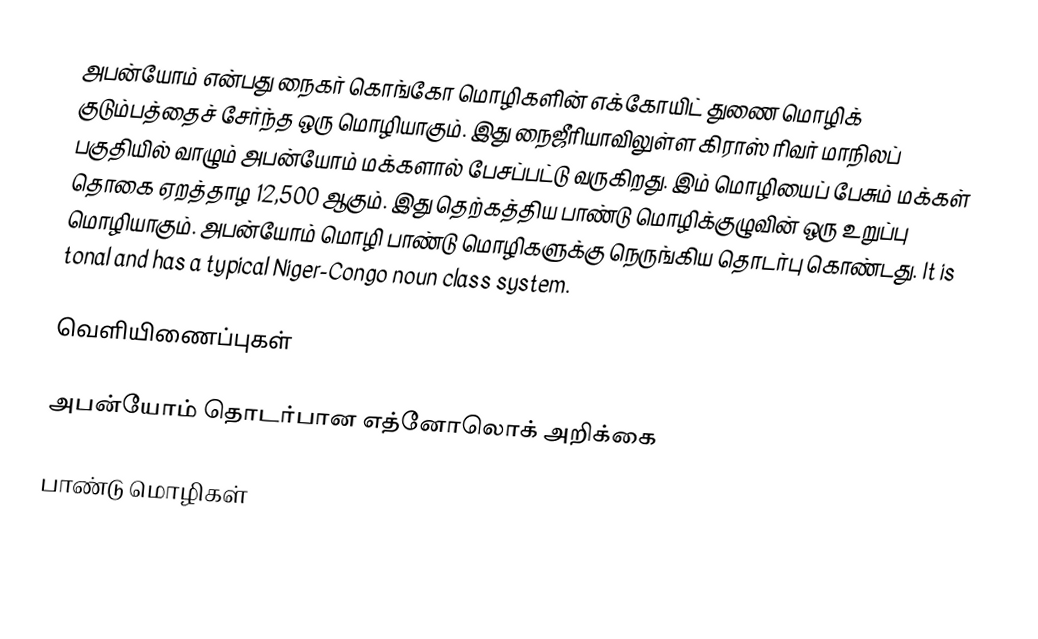
அபன்யோம் என்பது நைகர் கொங்கோ மொழிகளின் எக்கோயிட் துணை மொழிக் குடும்பத்தைச் சேர்ந்த ஒரு மொழியாகும். இது நைஜீரியாவிலுள்ள கிராஸ் ரிவர் மாநிலப் பகுதியில் வாழும் அபன்யோம் மக்களால் பேசப்பட்டு வருகிறது. இம் மொழியைப் பேசும் மக்கள் தொகை ஏறத்தாழ 12,500 ஆகும். இது தெற்கத்திய பாண்டு மொழிக்குழுவின் ஒரு உறுப்பு மொழியாகும். அபன்யோம் மொழி பாண்டு மொழிகளுக்கு நெருங்கிய தொடர்பு கொண்டது. It is tonal and has a typical Niger-Congo noun class system.

வெளியிணைப்புகள்

 அபன்யோம் தொடர்பான எத்னோலொக் அறிக்கை

பாண்டு மொழிகள்